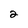
Character: 2